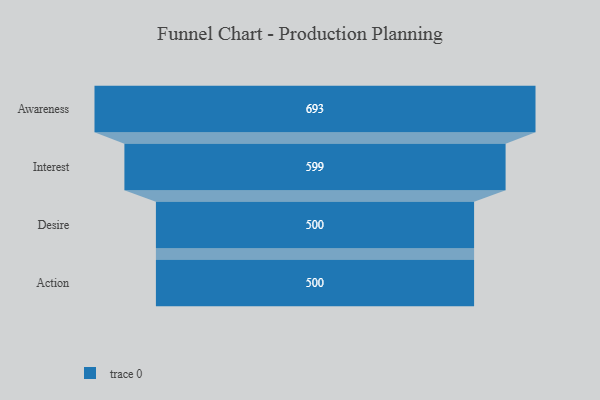
{"axis": {"x": "Stage", "y": "Value"}, "legend": [""], "data": [{"x": "Awareness", "y": 693.0, "type": ""}, {"x": "Interest", "y": 599.0, "type": ""}, {"x": "Desire", "y": 500, "type": ""}, {"x": "Action", "y": 500, "type": ""}]}